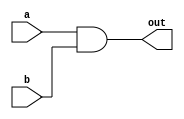
`timescale 1ns / 1ps
//////////////////////////////////////////////////////////////////////////////////
// Company: 
// Engineer: 
// 
// Design Name: 
// Module Name: and_gate
// Project Name: 
// Target Devices: 
// Tool Versions: 
// Description: 
// 
// Dependencies: 
// 
// Revision:
// Revision 0.01 - File Created
// Additional Comments:
// 
//////////////////////////////////////////////////////////////////////////////////


module and_gate(
    input a,
    input b,
    output out
    );

    assign out = a & b;

endmodule